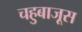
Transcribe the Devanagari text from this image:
चहुबाजूस